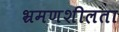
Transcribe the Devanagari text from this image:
भ्रमणशीलता